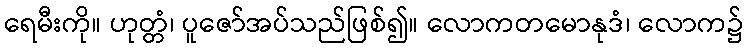
ရေမီးကို။ ဟုတ္တံ၊ ပူဇော်အပ်သည်ဖြစ်၍။ လောကတမောနုဒံ၊ လောက၌